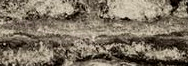
دخول الموظفين